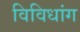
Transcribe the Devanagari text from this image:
विविधांग